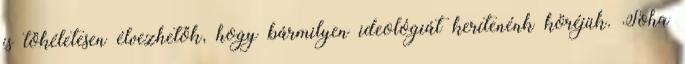
is tökéletesen élvezhetők, hogy bármilyen ideológiát kerítenénk köréjük. Soha